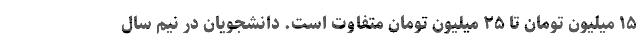
۱۵ میلیون تومان تا ۲۵ میلیون تومان متفاوت است. دانشجویان در نیم سال